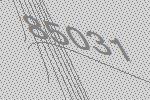
85031